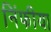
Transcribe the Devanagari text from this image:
निंफीया